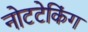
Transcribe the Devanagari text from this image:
नोटटेकिंग